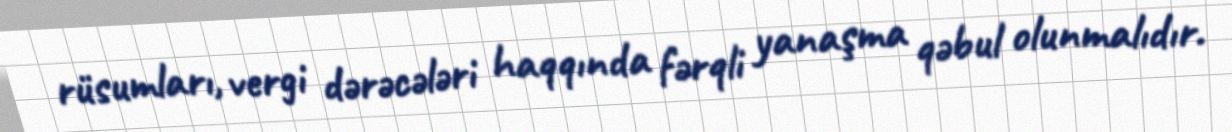
rüsumları, vergi dərəcələri haqqında fərqli yanaşma qəbul olunmalıdır.